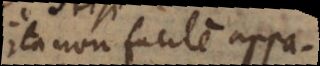
ita non facile appa